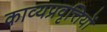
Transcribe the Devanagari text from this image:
काव्यप्रवृत्तियों